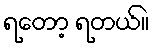
ရတော့ ရတယ်။